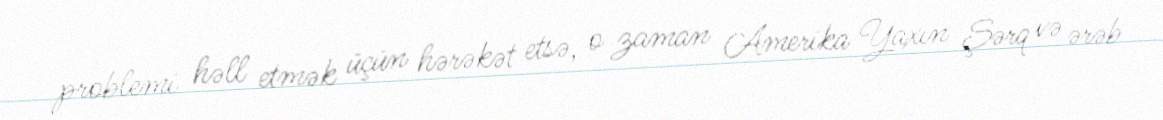
problemi həll etmək üçün hərəkət etsə, o zaman Amerika Yaxın Şərq və ərəb